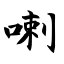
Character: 喇